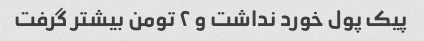
پیک پول خورد نداشت و ۲ تومن بیشتر گرفت